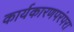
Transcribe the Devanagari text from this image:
कार्यकारणपरंपरा